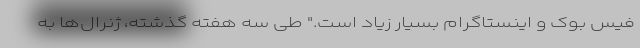
فیس بوک و اینستاگرام بسیار زیاد است." طی سه هفته گذشته، ژنرال‌ها به